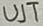
Text: UJT